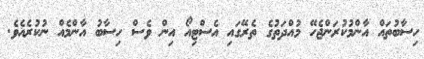
ހިސާބުތައް އާންމުކުރަންޖެހޭ މުއްދަތުގެ ތެރޭގައި އެސްޓިއޯ އިން ވެސް ހިސާބު އާންމެއް ނުކުރެއެވެ.